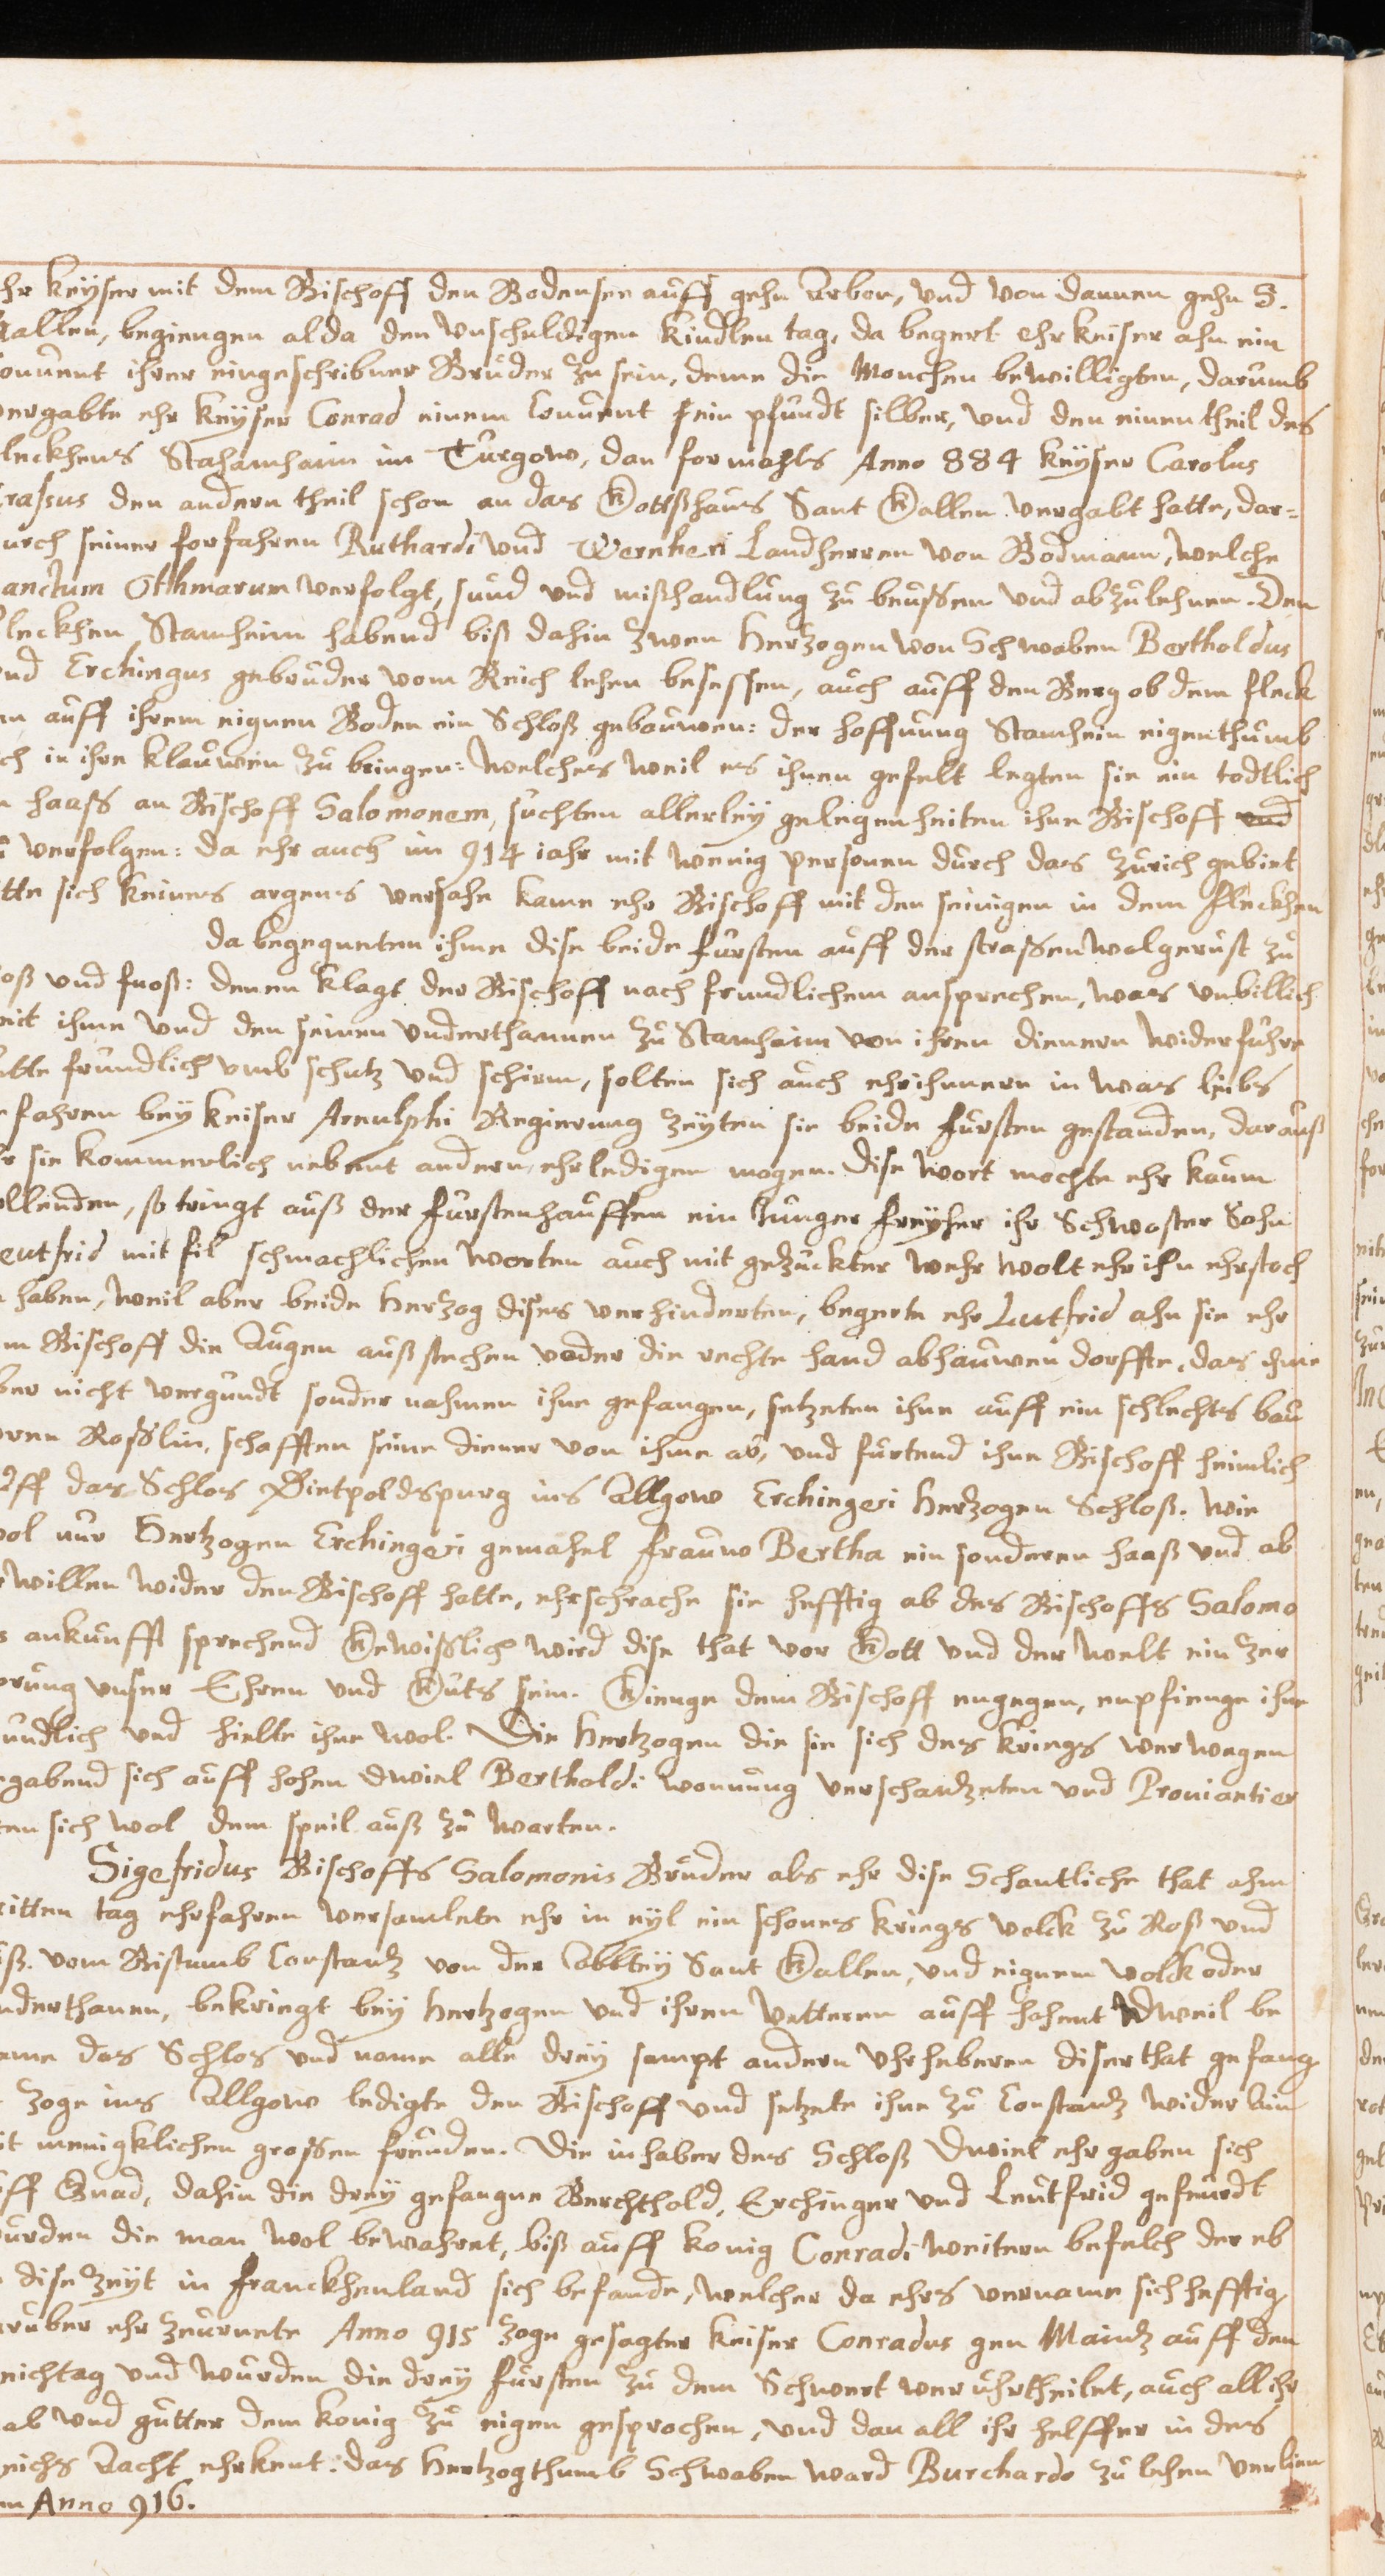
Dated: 1629–1659